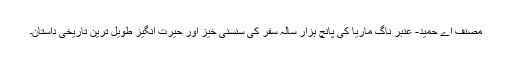
مصنف اے حمید- عنبر ناگ ماریا کی پانچ ہزار سالہ سفر کی سنسنی خیز اور حیرت انگیز طویل ترین تاریخی داستان۔